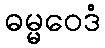
ဓမ္မဝေဒံ